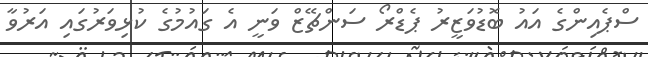
ސްޕެއިންގެ އައު ބޮޑުވަޒީރު ޕެޑްރޯ ސަންޗޭޒް ވަނީ އެ ގައުމުގެ ކުޅިވަރުގައި އަރުވާ